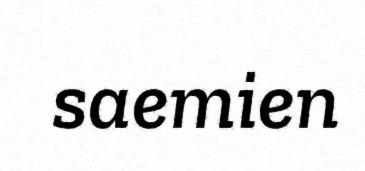
saemien